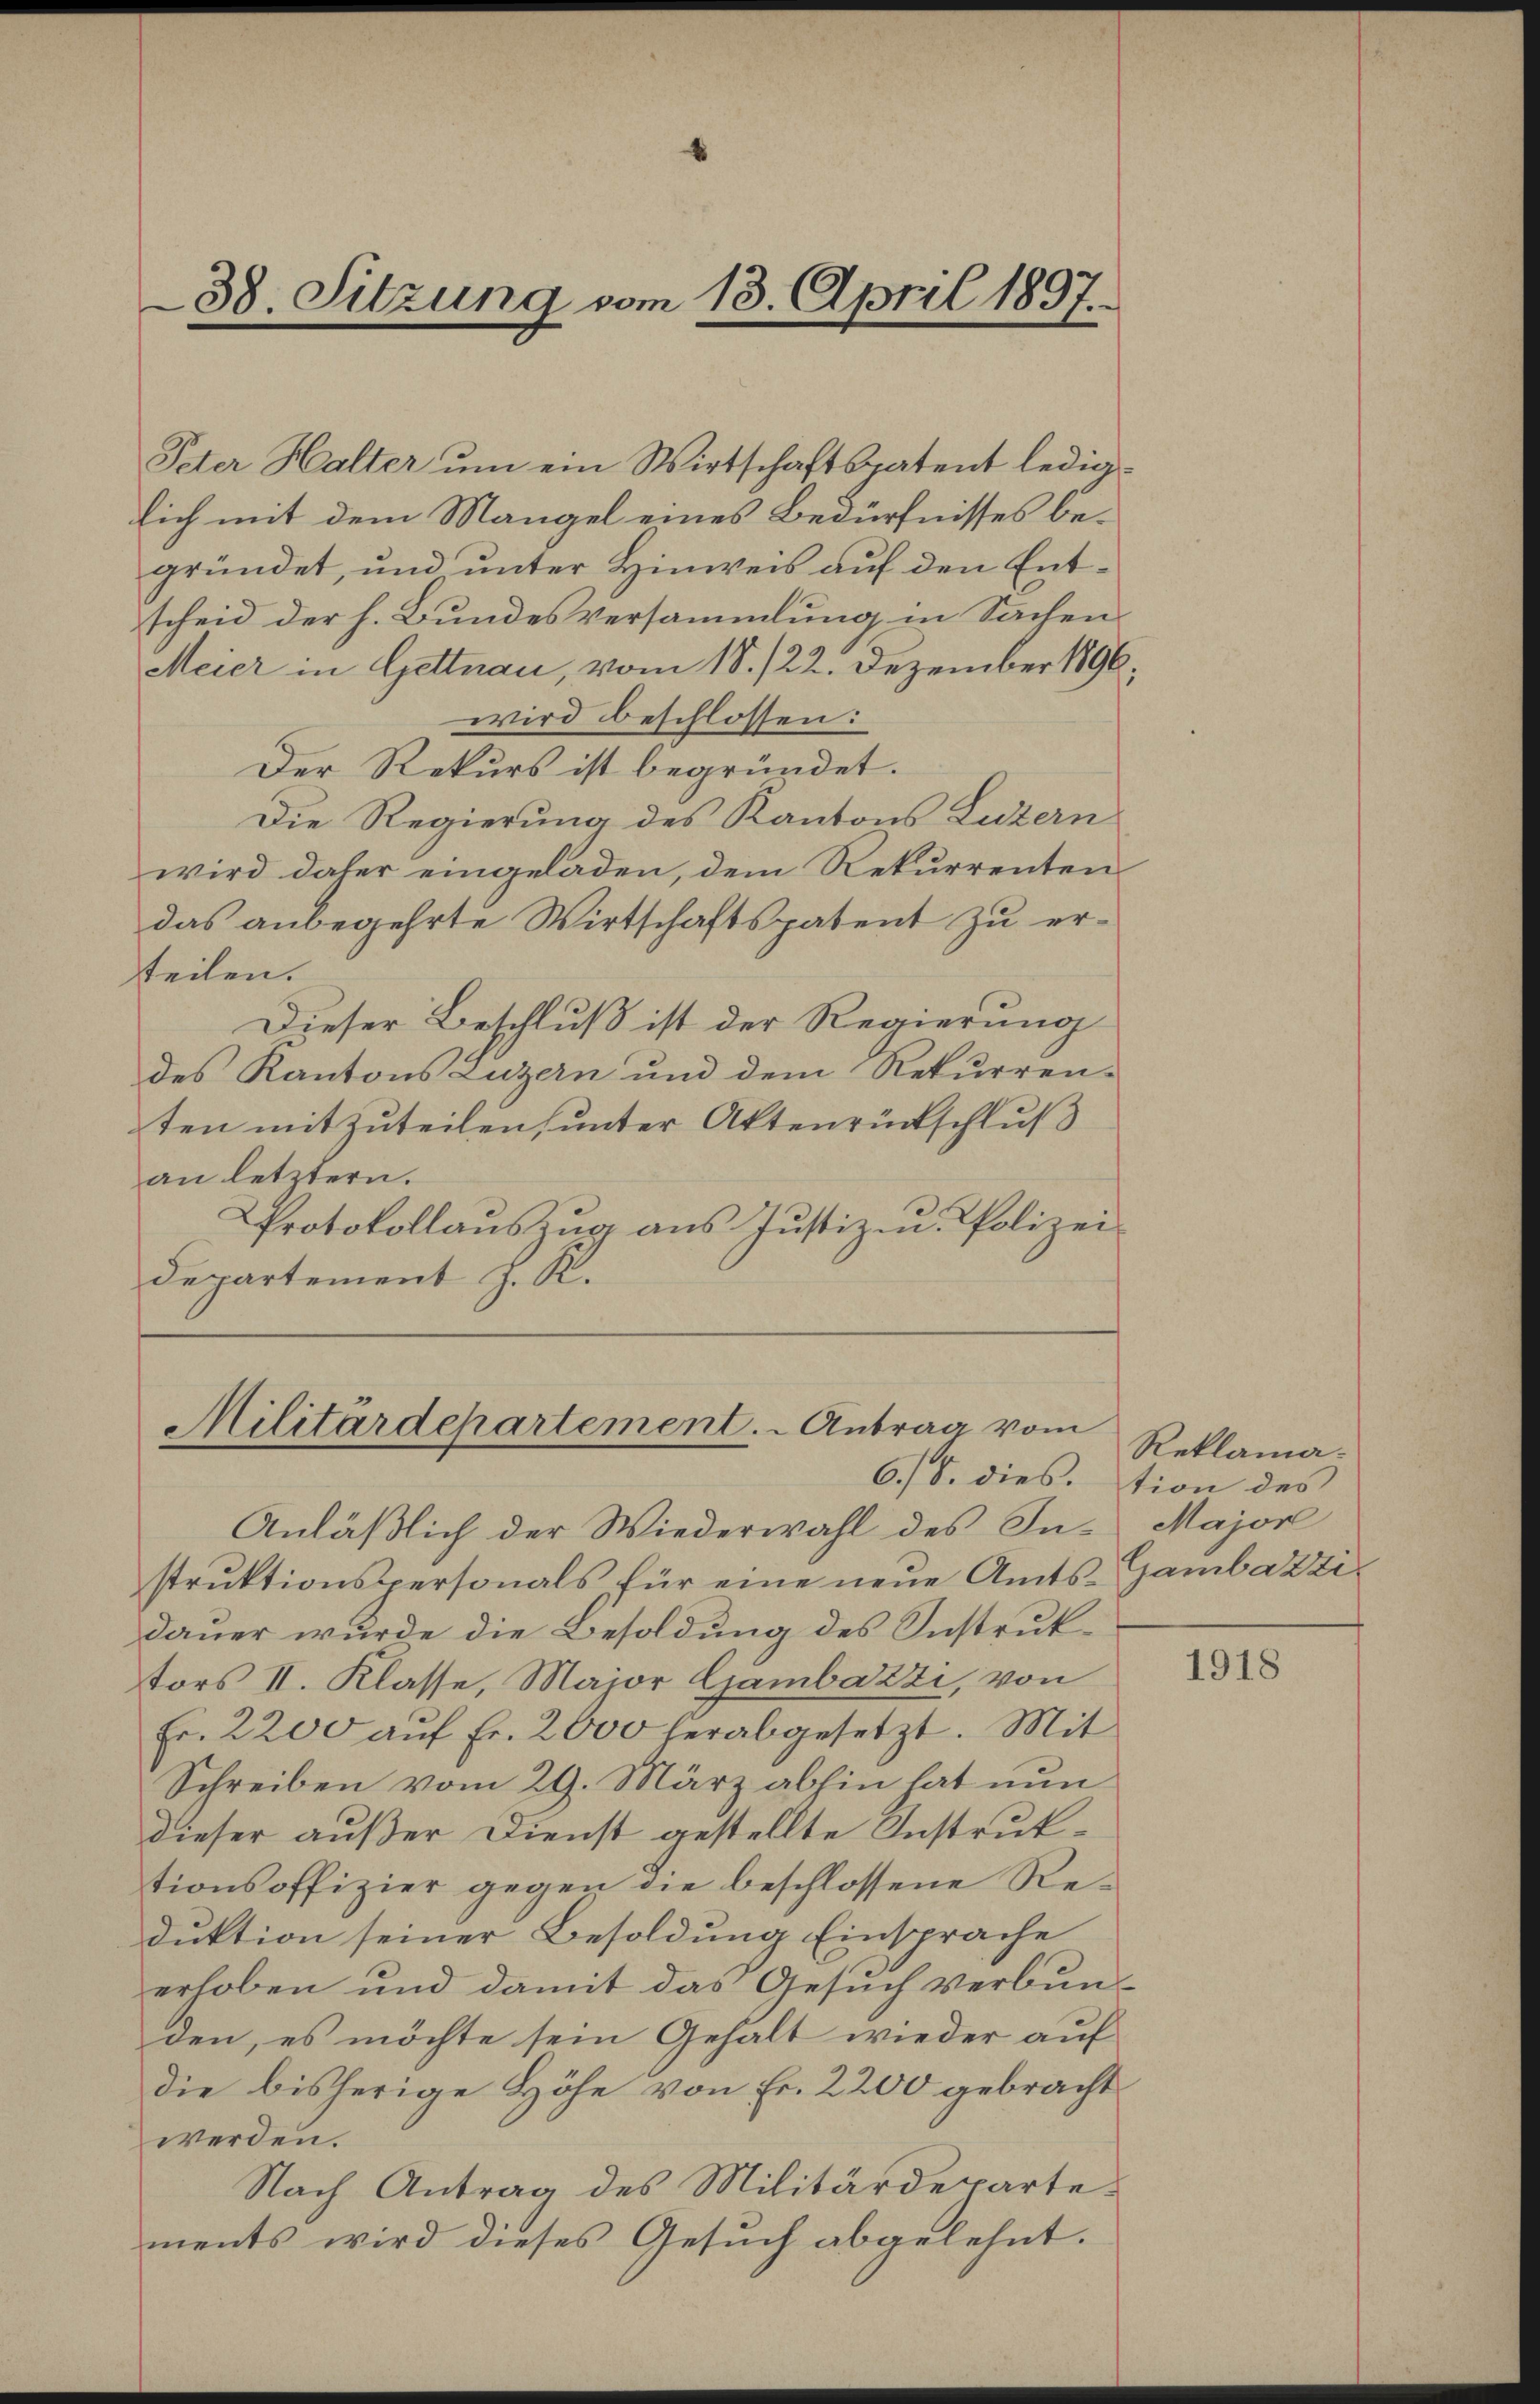
Peter Halter um ein Wirtschaftspatent lediglich mit dem Mangel eines Bedürfnisses begründet, und unter Hinweis auf den Entscheid der h. Bundesversammlung in Sachen
Meier in Gettnau, vom 18. /22. Dezember 1896
wird beschlossen:
Der Rekurs ist begründet.
Die Regierung des Kantons Luzern
wird daher eingeladen, dem Rekurrenten
das anbegehrte Wirtschaftspatent zu ersteilen.
Dieser Beschluß ist der Regierung
des Kantons Luzern und dem Rekurren-
ten mitzuteilen, unter Aktenrückschluß
an letztern.
Protokollaŭszŭg ans Justiz- u. Polizei
departement J. R.

38. Sitzung vom 18. April 1897.

Militärdepartement. - Antrag vom
6./8. dies, tion des

Anläßlich der Wiederwahl des In- Major
strŭktionspersonals für eine neŭe Amts-Gambazzi-
dauer wurde die Besoldung des Instruktors II. Klasse, Major Gambazzi, von
Fr. 2200 aŭf Fr. 2000 herabgesetzt. Mit
Schreiben vom 29. März abhin hat nun
dieser außer Dienst gestellte Instruktionsoffizier gegen die beschlossene Reduktion seiner Besoldung Einsprache
erhoben und damit das Gesuch verbun-
den, es möchte sein Gehalt wieder auf
die bisherige Höhe von Fr. 2200 gebracht
werden.
Nach Antrag des Militärdeparte
ments wird dieses Gesuch abgelehnt.

Reklama¬

1918